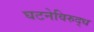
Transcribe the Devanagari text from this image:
घटनेविरुद्ध